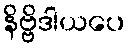
နိဗ္ဗိဒါယပေ